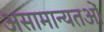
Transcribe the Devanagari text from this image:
असामान्यतओं